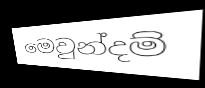
මෙවුන්දම්